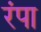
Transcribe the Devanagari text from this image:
रंपा